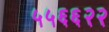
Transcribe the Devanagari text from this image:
५५६६२२